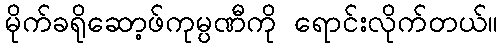
မိုက်ခရိုဆော့ဖ်ကုမ္ပဏီကို ရောင်းလိုက်တယ်။